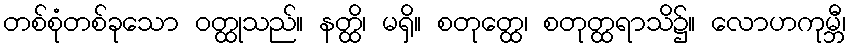
တစ်စုံတစ်ခုသော ဝတ္ထုသည်။ နတ္ထိ၊ မရှိ။ စတုတ္ထေ၊ စတုတ္ထရာသိ၌။ လောဟကုမ္ဘီ၊